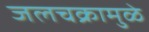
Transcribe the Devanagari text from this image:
जलचक्रामुळे